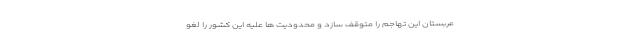
عربستان این تهاجم را متوقف سازد و محدودیت ها علیه این کشور را لغو